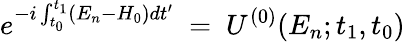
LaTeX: e^{-i\int_{t_{0}}^{t_{1}}(E_{n}-H_{0})dt^{\prime}}~=~U^{(0)}(E_{n};t_{1},t_{0})